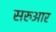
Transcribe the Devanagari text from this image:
सरुआर